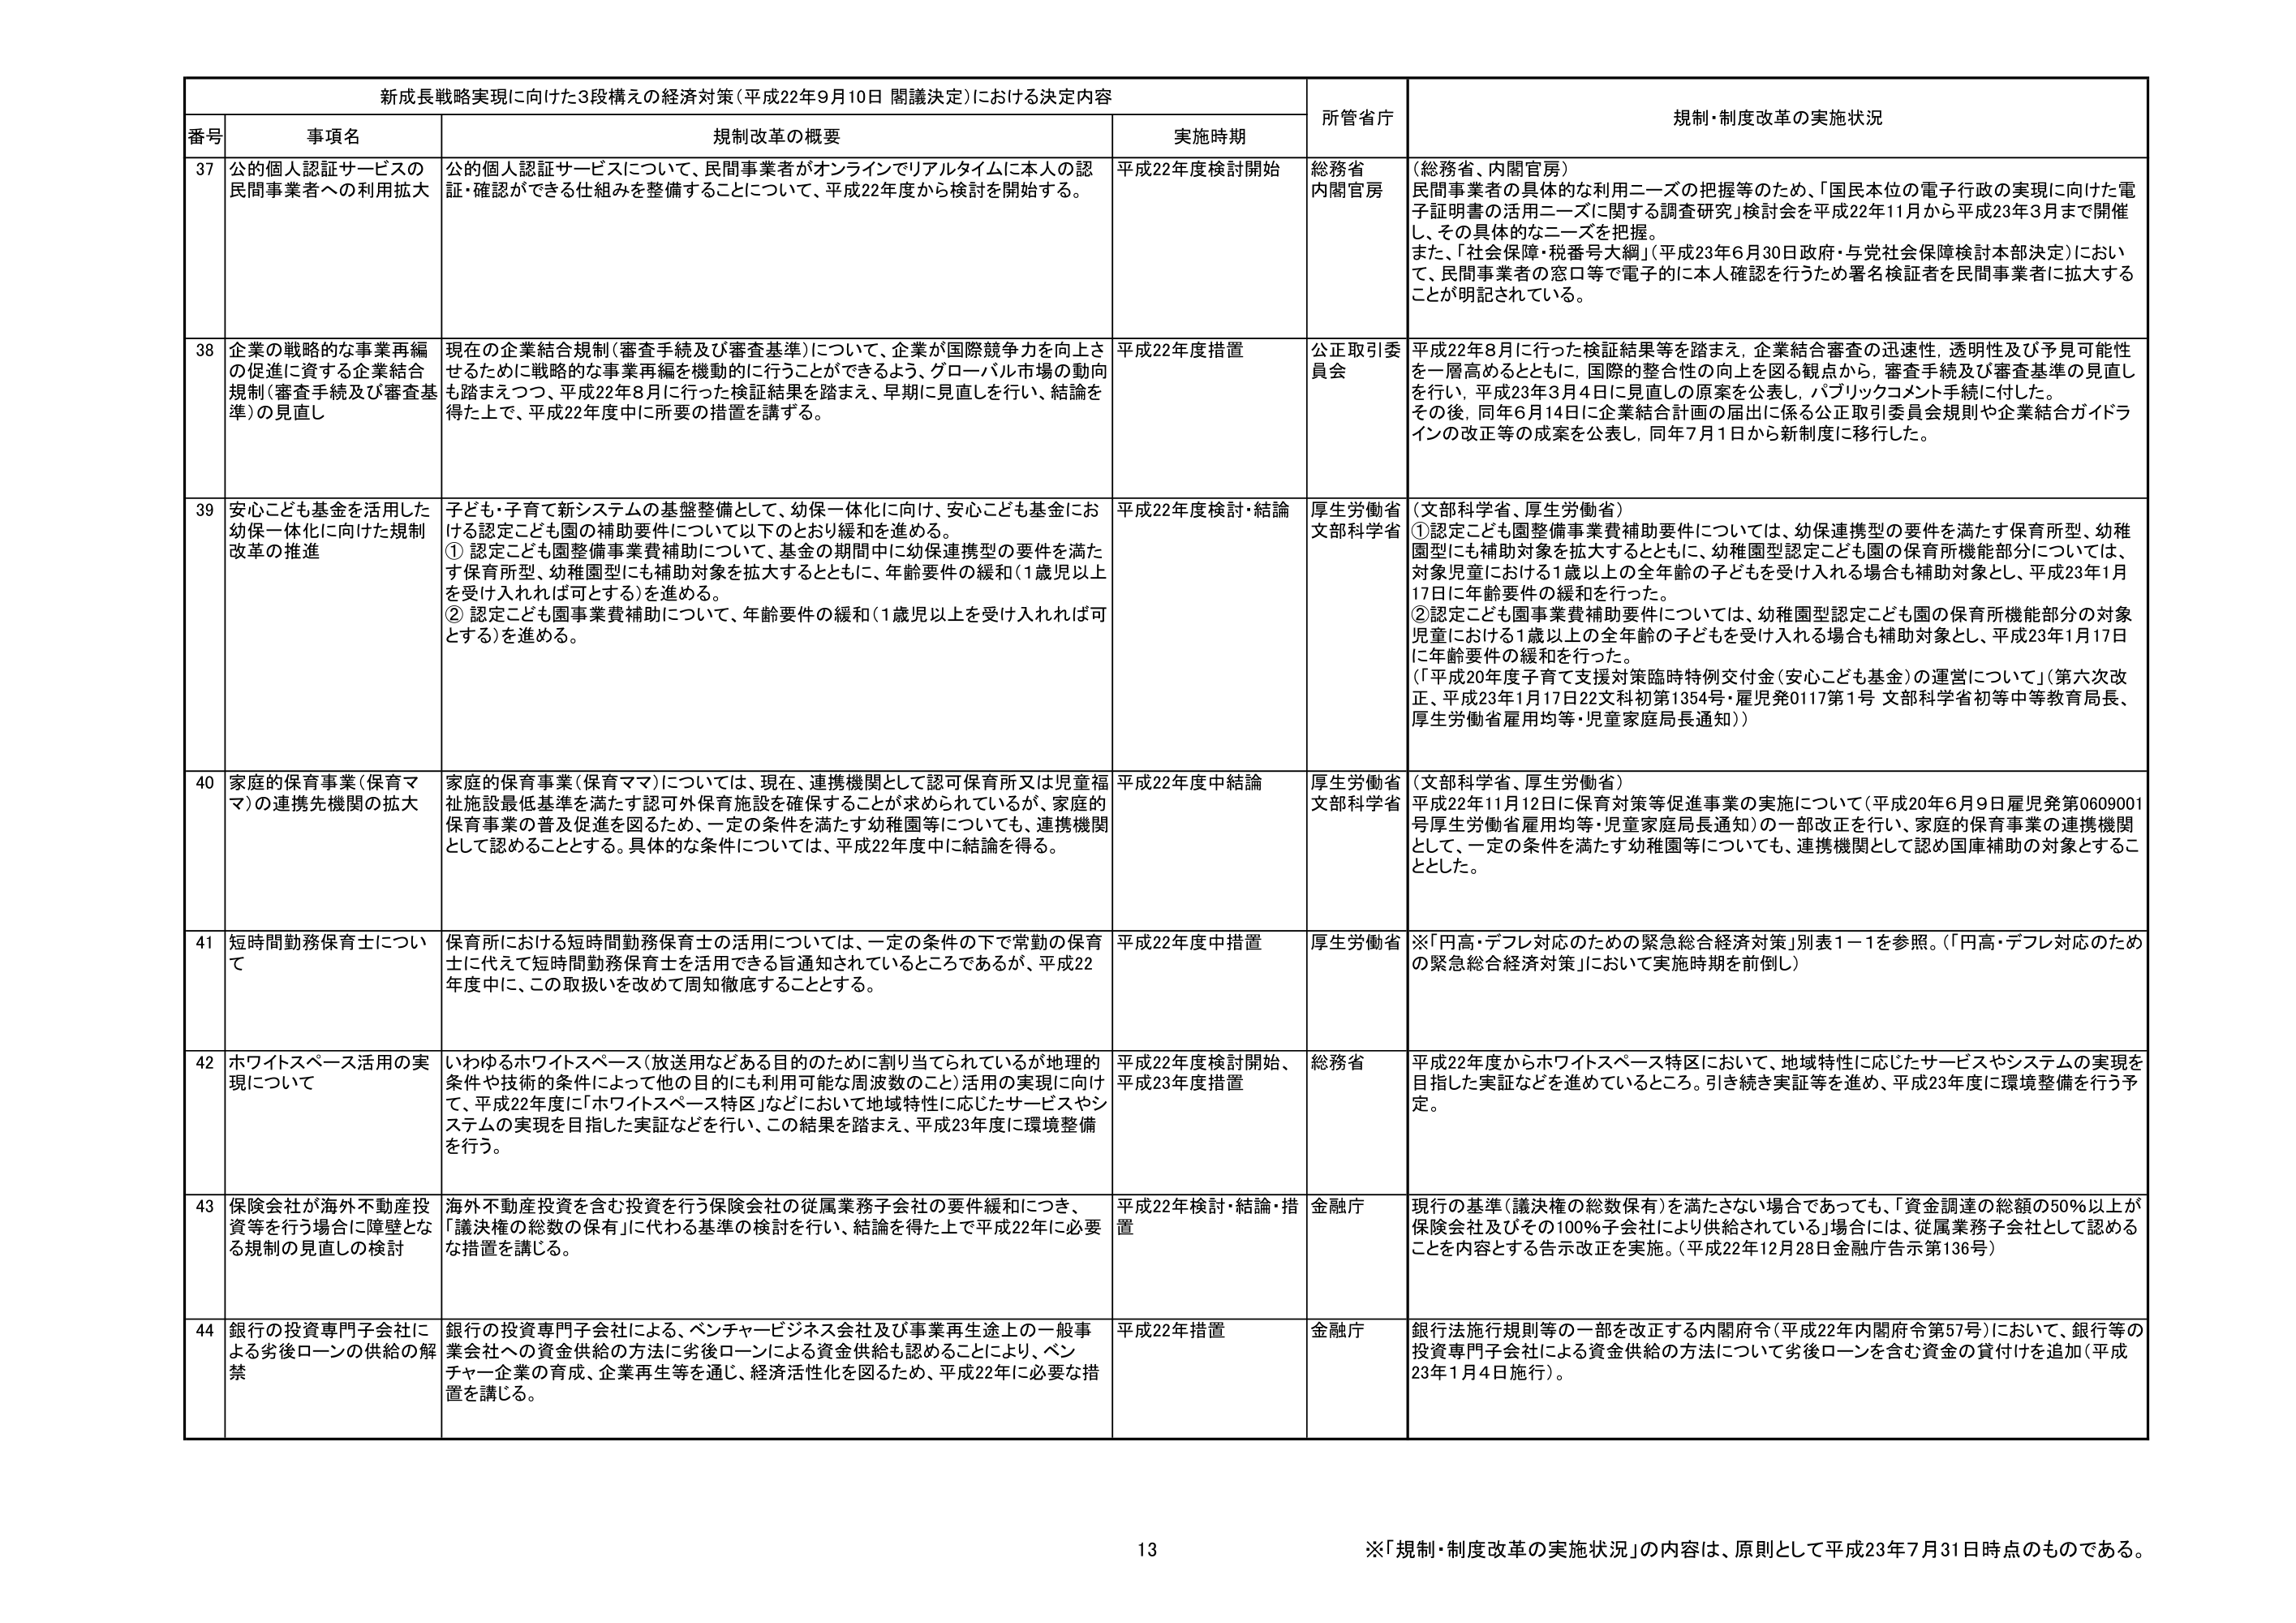
新成長戦略実現に向けた3段構えの経済対策（平成22年9月10日 閣議決定）における決定内容

番号 事項名 規制改革の概要 実施時期 所管省庁 規制・制度改革の実施状況

37 公的個人認証サービスの民間事業者への利用拡大 公的個人認証サービスについて、民間事業者がオンラインでリアルタイムに本人の認証・確認ができる仕組みを整備することについて、平成22年度から検討を開始する。 平成22年度検討開始 総務省 内閣官房 （総務省、内閣官房） 民間事業者の具体的な利用ニーズの把握等のため、「国民本位の電子行政の実現に向けた電子証明書の活用ニーズに関する調査研究」検討会を平成22年11月から平成23年3月まで開催し、その具体的なニーズを把握。 また、「社会保障・税番号大綱」（平成23年6月30日政府・与党社会保障検討本部決定）において、民間事業者の窓口等で電子的に本人確認を行うため署名検証者を民間事業者に拡大することが明記されている。

38 企業の戦略的な事業再編の促進に資する企業結合規制（審査手続及び審査基準）の見直し 現在の企業結合規制（審査手続及び審査基準）について、企業が国際競争力を向上させるために戦略的な事業再編を機動的に行うことができるよう、グローバル市場の動向も踏まえつつ、平成22年8月に行った検証結果を踏まえ、早期に見直しを行い、結論を得た上で、平成22年度中に所要の措置を講ずる。 平成22年度措置 公正取引委員会 平成22年8月に行った検証結果等を踏まえ、企業結合審査の迅速性、透明性及び予見可能性を一層高めるとともに、国際的整合性の向上を図る観点から、審査手続及び審査基準の見直しを行い、平成23年3月4日に見直しの原案を公表し、パブリックコメント手続に付した。 その後、同年6月14日に企業結合計画の届出に係る公正取引委員会規則や企業結合ガイドラインの改正等の成案を公表し、同年7月1日から新制度に移行した。

39 安心こども基金を活用した幼保一体化に向けた規制改革の推進 子ども・子育て新システムの基盤整備として、幼保一体化に向け、安心こども基金における認定こども園の補助要件について以下のとおり緩和を進める。 ① 認定こども園整備事業費補助について、基金の期間中に幼保連携型の要件を満たす保育所型、幼稚園型にも補助対象を拡大するとともに、年齢要件の緩和（1歳児以上を受け入れれば可とする）を進める。 ② 認定こども園事業費補助について、年齢要件の緩和（1歳児以上を受け入れれば可とする）を進める。 平成22年度検討・結論 厚生労働省 文部科学省 （文部科学省、厚生労働省） ①認定こども園整備事業費補助要件については、幼保連携型の要件を満たす保育所型、幼稚園型にも補助対象を拡大するとともに、幼稚園型認定こども園の保育所機能部分については、対象児童における1歳以上の全年齢の子どもを受け入れる場合も補助対象とし、平成23年1月17日に年齢要件の緩和を行った。 ②認定こども園事業費補助要件については、幼稚園型認定こども園の保育所機能部分の対象児童における1歳以上の全年齢の子どもを受け入れる場合も補助対象とし、平成23年1月17日に年齢要件の緩和を行った。 （「平成20年度子育て支援対策臨時特例交付金（安心こども基金）の運営について」（第六次改正、平成23年1月17日22文科初第1354号・雇児発0117第1号 文部科学省初等中等教育局長、厚生労働省雇用均等・児童家庭局長通知））

40 家庭的保育事業（保育ママ）の連携先機関の拡大 家庭的保育事業（保育ママ）については、現在、連携機関として認可保育所又は児童福祉施設最低基準を満たす認可外保育施設を確保することが求められているが、家庭的保育事業の普及促進を図るため、一定の条件を満たす幼稚園等についても、連携機関として認めることとする。具体的な条件については、平成22年度中に結論を得る。 平成22年度中結論 厚生労働省 文部科学省 （文部科学省、厚生労働省） 平成22年11月12日に保育対策等促進事業の実施について（平成20年6月9日雇児発第0609001号厚生労働省雇用均等・児童家庭局長通知）の一部改正を行い、家庭的保育事業の連携機関として、一定の条件を満たす幼稚園等についても、連携機関として認める国庫補助の対象とすることとした。

41 短時間勤務保育士について 保育所における短時間勤務保育士の活用については、一定の条件の下で常勤の保育士に代えて短時間勤務保育士を活用できる旨通知されているところであるが、平成22年度中に、この取扱いを改めて周知徹底することとする。 平成22年度中措置 厚生労働省 ※「円高・デフレ対応のための緊急総合経済対策」別表1－1を参照。（「円高・デフレ対応のための緊急総合経済対策」において実施時期を前倒し）

42 ホワイトスペース活用の実現について いわゆるホワイトスペース（放送用などある目的のために割り当てられているが地理的条件や技術的条件によって他の目的にも利用可能な周波数のこと）活用の実現に向けて、平成22年度に「ホワイトスペース特区」などにおいて地域特性に応じたサービスやシステムの実現を目指した実証などを行い、この結果を踏まえ、平成23年度に環境整備を行う。 平成22年度検討開始、平成23年度措置 総務省 平成22年度からホワイトスペース特区において、地域特性に応じたサービスやシステムの実現を目指した実証などを進めているところ。引き続き実証等を進め、平成23年度に環境整備を行う予定。

43 保険会社が海外不動産投資等を行う場合に障壁となる規制の見直しの検討 海外不動産投資を含む投資を行う保険会社の従属業務子会社の要件緩和につき、「議決権の総数の保有」に代わる基準の検討を行い、結論を得た上で平成22年に必要な措置を講じる。 平成22年検討・結論・措置 金融庁 現行の基準（議決権の総数保有）を満たさない場合であっても、「資金調達の総額の50％以上が保険会社及びその100％子会社により供給されている」場合には、従属業務子会社として認める内容とする告示改正を実施。（平成22年12月28日金融庁告示第136号）

44 銀行の投資専門子会社による劣後ローンの供給の解禁 銀行の投資専門子会社による、ベンチャービジネス会社及び事業再生途上的一般事業会社への資金供給の方法に劣後ローンによる資金供給も認めることにより、ベンチャー企業の育成、企業再生等を通じ、経済活性化を図るため、平成22年に必要な措置を講じる。 平成22年措置 金融庁 銀行法施行規則等の一部を改正する内閣府令（平成22年内閣府令第57号）において、銀行等の投資専門子会社による資金供給の方法について劣後ローンを含む資金の貸付けを追加（平成23年1月4日施行）。

※「規制・制度改革の実施状況」の内容は、原則として平成23年7月31日時点のものである。

13